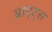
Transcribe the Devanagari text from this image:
ब्राइट्स